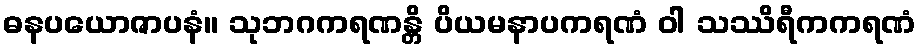
ဓနပယောဇာပနံ။ သုဘဂကရဏန္တိ ပိယမနာပကရဏံ ဝါ သဿိရီကကရဏံ